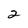
Character: 2